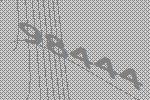
98444